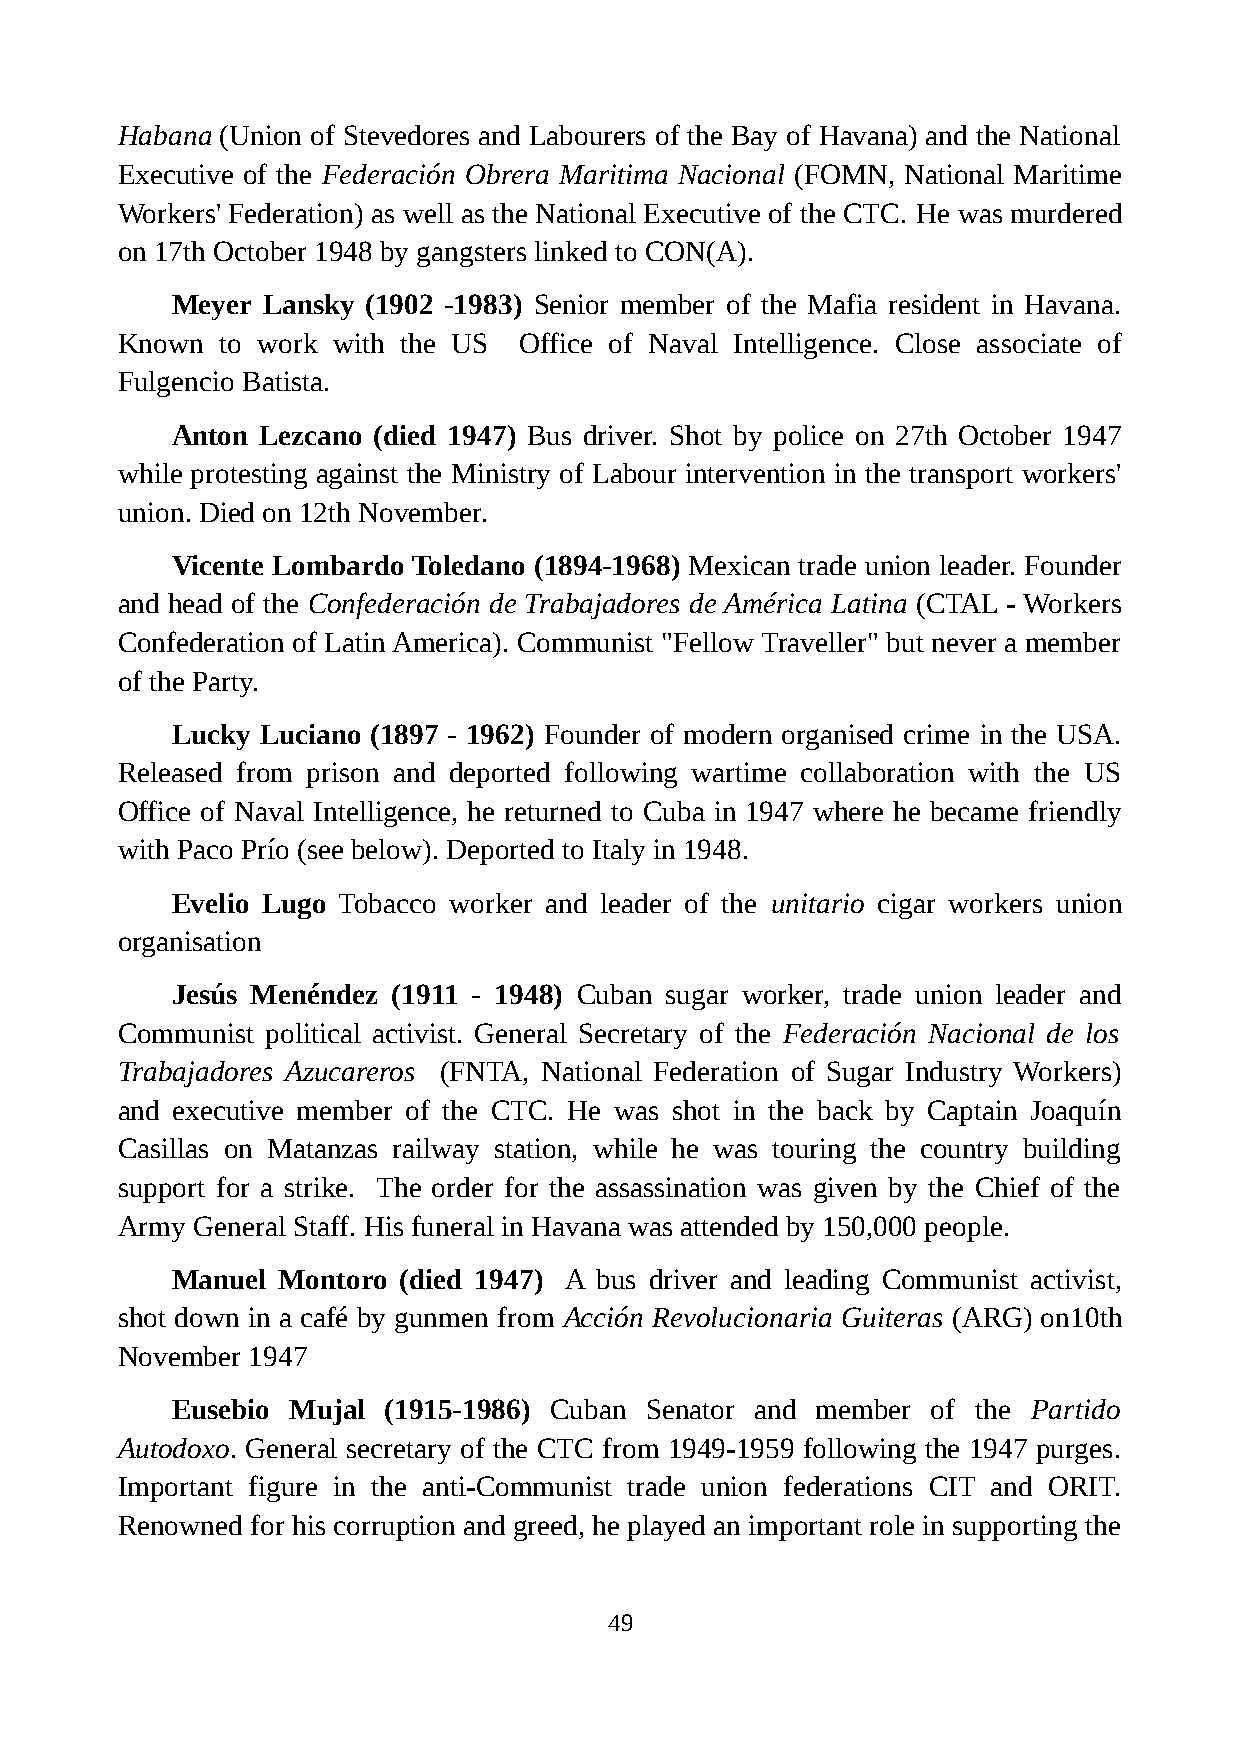
Habana (Union of Stevedores and Labourers of the Bay of Havana) and the National
 Executive of the Federación Obrera Maritima Nacional (FOMN, National Maritime
 Workers' Federation) as well as the National Executive of the CTC. He was murdered
 on 17th October 1948 by gangsters linked to CON(A).
 Meyer Lansky (1902 -1983) Senior member of the Mafia resident in Havana.
 Known  to work with the US Office of Naval Intelligence. Close associate of
 Fulgencio Batista.
 Anton Lezcano (died 1947) Bus driver. Shot by police on 27th October 1947
 while protesting against the Ministry of Labour intervention in the transport workers'
 union. Died on 12th November.
 Vicente Lombardo Toledano (1894-1968) Mexican trade union leader. Founder
 and head of the Confederación de Trabajadores de América Latina (CTAL - Workers
 Confederation of Latin America). Communist "Fellow Traveller" but never a member
 of the Party.
 Lucky Luciano (1897 - 1962) Founder of modern organised crime in the USA.
 Released from prison and deported following wartime collaboration with the US
 Office of Naval Intelligence, he returned to Cuba in 1947 where he became friendly
 with Paco Prío (see below). Deported to Italy in 1948.
 Evelio Lugo Tobacco worker and leader of the unitario cigar workers union
 organisation
 Jesús Menéndez (1911 - 1948) Cuban sugar worker, trade union leader and
 Communist political activist. General Secretary of the Federación Nacional de los
 Trabajadores Azucareros (FNTA, National Federation of Sugar Industry Workers)
 and executive member of the CTC. He was shot in the back by Captain Joaquín
 Casillas on Matanzas railway station, while he was touring the country building
 support for a strike. The order for the assassination was given by the Chief of the
 Army General Staff. His funeral in Havana was attended by 150,000 people.
 Manuel Montoro (died 1947) A bus driver and leading Communist activist,
 shot down in a café by gunmen from Acción Revolucionaria Guiteras (ARG) on10th
 November 1947
 Eusebio Mujal  (1915-1986) Cuban Senator and member of the Partido
 Autodoxo. General secretary of the CTC from 1949-1959 following the 1947 purges.
 Important figure in the anti-Communist trade union federations CIT and ORIT.
 Renowned for his corruption and greed, he played an important role in supporting the
 49